Vaccination report Assam 1896-1927 - 1896-1927
Year: 1896
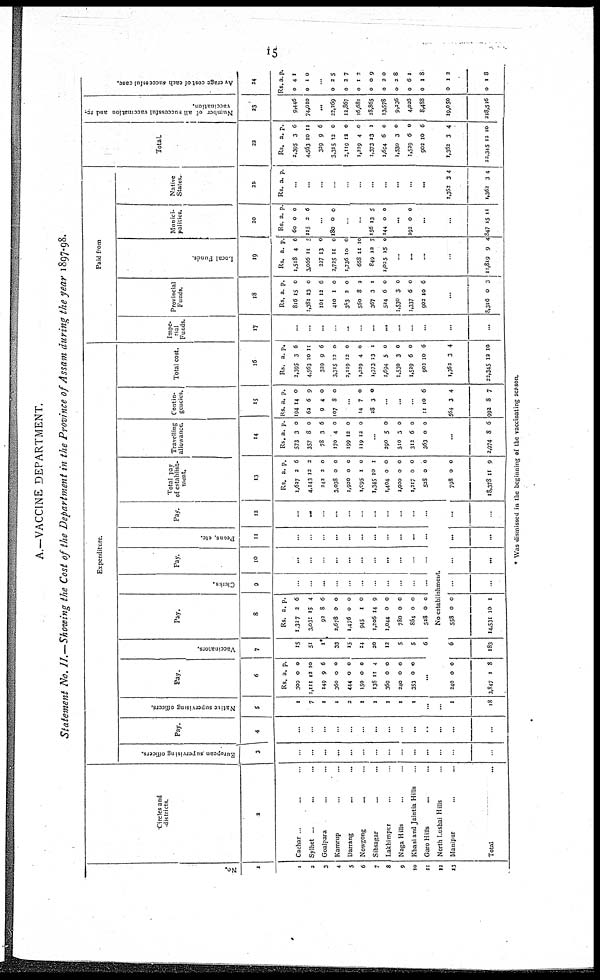
15
A.—VACCINE DEPARTMENT.
Statement No. II.—Showing the Cost of the Department in the Province of Assam during the year 1897-98.
No.
1
1
2
3
4
5
6
7
8
9
10
11
12
13
Circles and
districts.
2
Cachar ... ... ...
Sylhet ... ... ...
Goalpara ... ... ...
Kamrup ... ... ...
Darrang
...
...
...
Nowgong ... ... ...
Sibsagar ... ... ...
Lakhimpur ... ...
Naga Hills ... ...
Khasi and Jaintia Hills ...
Garo Hills ... ... ...
North Lushai Hills ...
Manipur ... ... ...
Total ... ...
Expenditure.
European supervising officers.
3
...
...
...
...
...
...
...
...
...
...
...
...
...
...
Pay.
4
...
...
...
...
...
...
...
...
...
...
...
...
...
...
Native supervising officers.
5
1
7
1
1
2
1
1
1
1
1
...
...
1
18
Pay.
6
Rs.
300
1,111
149
360
444
150
138
360
240
353
a.
0
12
9
0
0
0
11
0
0
0
p.
0
10
6
0
0
0
4
0
0
0
...
Vaccinators.
7
15
51
1*
33
15
14
20
12
5
5
6
Pay.
8
Rs.
1,327
3,031
92
2,678
1,476
945
1,206
1,044
780
864
528
a.
2
15
8
0
0
1
14
0
0
0
0
p.
6
4
6
0
0
0
9
0
0
0
0
Clerks.
9
...
...
...
...
...
...
...
...
...
...
...
Pay.
10
...
...
...
...
...
...
...
...
...
...
...
Peons, etc.
11
...
...
...
...
...
...
...
...
...
...
...
Pay.
12
...
...
...
...
...
...
...
...
...
...
...
No establishment.
240
3,847
0
1
0
3
6
183
558
14,531
0
10
0
1
...
...
...
...
...
...
...
...
Total pay
of establish-
ment.
13
Rs.
1,627
4,143
242
3,038
1,920
1,095
1,345
1,404
1,020
1,217
528
a.
2
12
2
0
0
1
10
0
0
0
0
p.
6
2
0
0
0
0
1
0
0
0
0
798
18,378
0
11
0
9
Travelling
allowance.
14
Rs.
573
357
78
170
199
119
a.
3
8
3
4
12
12
p.
0
0
6
0
0
0
...
290
510
312
363
5
3
6
0
0
0
0
0
...
2,974 8 6
Contin-
gencies.
15
Rs.
194
62
9
107
a.
14
6
4
8
p.
0
9
0
0
...
14
28
7
3
0
0
...
...
...
11 10 6
564
992
3
8
4
7
Total cost.
16
Rs.
2,395
4,563
329
3,315
2,119
1,229
1,373
1,694
1,530
1,529
902
a.
3
10
9
12
12
4
13
5
3
6
10
p.
6
11
6
0
0
0
1
0
0
0
6
1,362
22,345
3
12
4
10
Paid from
Impe-
rial
Funds.
17
...
...
...
...
...
...
...
...
...
...
...
...
...
Provincial
Funds.
18
Rs.
816
1,381
101
410
383
560
367
524
1,530
1,337
902
a.
15
13
12
1
3
8
3
6
3
6
10
p.
0
0
6
0
0
2
1
0
0
0
6
...
8,316 0 3
Local Funds.
19
Rs.
1,518
3,066
227
2,725
1,736
668
849
1,025
a.
4
11
13
11
10
11
12
15
p.
6
5
0
0
0
10
7
0
...
...
...
...
11,819 9 4
Munici-
palities.
20
Rs.
60
115
a.
0
2
p.
0
6
...
180 0 0
...
...
156
144
13
0
5
0
...
192 0 0
...
...
847 15 11
Native
States.
21
Rs. a. p.
...
...
...
...
...
...
...
...
...
...
...
1,362
1,362
3
3
4
4
Total.
22
Rs.
2,395
4,563
329
3,315
2,119
1,229
1,373
1,694
1,530
1,529
902
a.
3
10
9
12
12
4
13
6
3
6
10
p.
6
11
6
0
0
0
1
0
0
0
6
1,362
22,345
3
12
4
10
Number of all successful vaccination and re¬
vaccination.
23
9,446
74,010
...
22,269
12,867
16,681
28,865
13,578
9,236
4,026
8,488
19,050
218,516
Average cost of each successful case.
24
Rs.
0
0
a.
4
1
p.
1
0
...
0
0
0
0
0
0
0
0
2
2
1
0
2
2
6
1
5
7
2
9
0
8
1
8
0
0
1
1
2
8
* Was dismissed in the beginning of the vaccinating season.